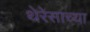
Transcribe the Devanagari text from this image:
थेरेसाच्या